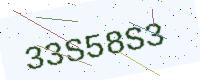
Text: 33S58S3